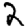
Digit: 2